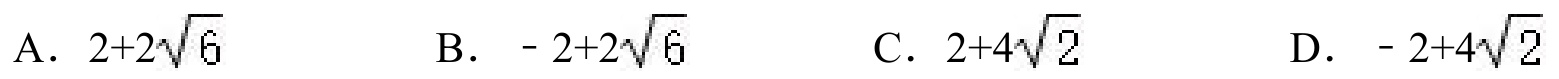
A. \(2 + 2\sqrt{6}\)  B. \(-2 + 2\sqrt{6}\)  C. \(2+4\sqrt{2}\)  D. \(-2 + 4\sqrt{2}\)